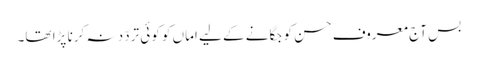
بس آج معروف حسن کو جگانے کے لیے اماں کو کوئی تردّد نہ کرنا پڑا تھا۔